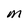
Character: M